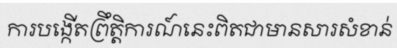
ការបង្កើតព្រឹត្តិការណ៍នេះពិតជាមានសារសំខាន់